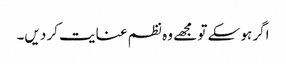
اگر ہو سکے تو مجھے وہ نظم عنایت کر دیں۔